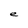
Character: e